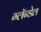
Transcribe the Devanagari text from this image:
ग्लॅन्डेल